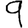
Digit: 9